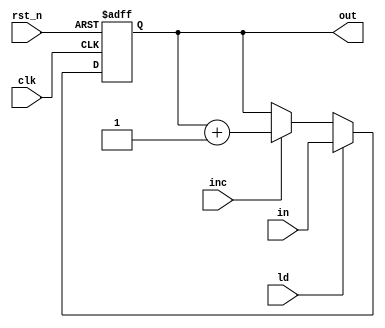
module reg8 (
	input clk,
	input rst_n,
	input ld,
	input inc,
	input [7:0] in,
	output [7:0] out
);

	reg [7:0] out_next, out_reg;
	assign out = out_reg;

	always @(posedge clk, negedge rst_n) begin
		if(!rst_n)
			out_reg <= 8'h00;
		else
			out_reg <= out_next;
	end

	always @(*) begin
		out_next = out_reg;

		if (ld)
			out_next = in; 
			else if (inc)
				out_next = out_reg + 1'b1;
	end
	
endmodule